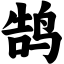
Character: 鹄